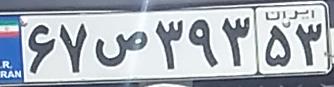
۶۷ص۳۹۳۵۳